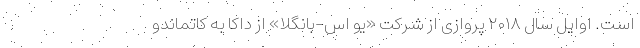
است. اوایل سال ۲۰۱۸ پروازی از شرکت «یو اس-بانگلا» از داکا به کاتماندو